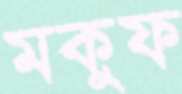
মকুফ